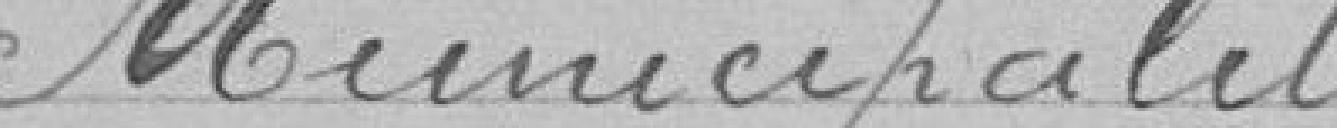
Municipalité